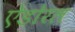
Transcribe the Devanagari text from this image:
ऐडोरल